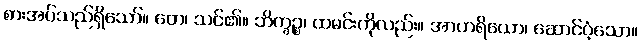
စားအပ်သည်ရှိသော်။ တေ၊ သင်၏။ ဘိက္ခဉ္စ၊ ထမင်းကိုလည်း။ အာဟရိယော၊ ဆောင်ဝံ့သော။